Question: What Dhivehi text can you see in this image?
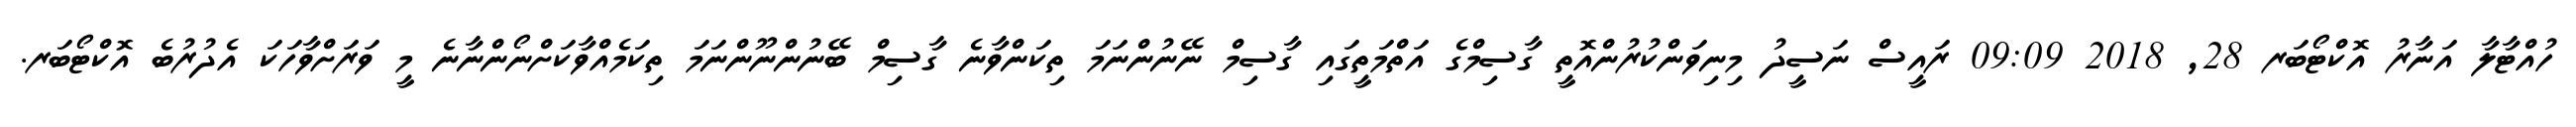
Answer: ހުއްޓާލާ އަނާރު އޮކްޓޯބަރ 28, 2018 09:09 ރައީސް ނަސީދު މިނިވަންކުރުންއޮތީ ގާސިމްގެ އަތްމަތީގައި ގާސިމް ނޭނުންނަމަ ތިކަންވާނެ ގާސިމް ބޭނުންނޫންނަމަ ތިކަމެއްވާކަށްނޯންނާނެ މީ ވަރަށްވާހަކަ އެދުރުބެ އޮކްޓޯބަރ.